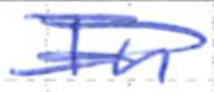
Text: In
Cross-out: double-line
Writing tool: ballpoint